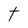
Character: t